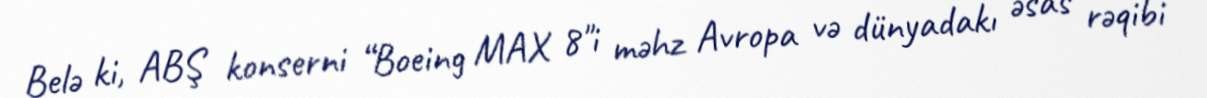
Belə ki, ABŞ konserni “Boeing MAX 8"i məhz Avropa və dünyadakı əsas rəqibi